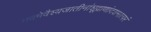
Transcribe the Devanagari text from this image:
नवमेवैश्यजातीनांशूद्राणांदशमात्परं